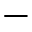
-